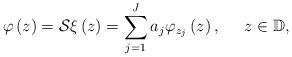
LaTeX: \begin{align*}\varphi\left( z\right) =\mathcal{S}\xi\left( z\right) =\sum_{j=1}^{J}a_{j}\varphi_{z_{j}}\left( z\right) ,\;\;\;\;\;z\in\mathbb{D},\end{align*}